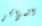
المراكز